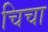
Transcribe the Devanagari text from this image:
चिचा